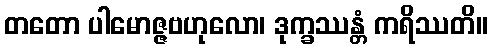
တတော ပါမောဇ္ဇဗဟုလော၊ ဒုက္ခဿန္တံ ကရိဿတိ။